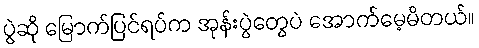
ပွဲဆို မြောက်ပြင်ရပ်က အုန်းပွဲတွေပဲ အောက်မေ့မိတယ်။